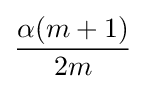
{\frac {\alpha (m+1)}{2m}}